Report of the Indian Hemp Drugs Commission, 1894-1895 - Volume II
Year: 1894
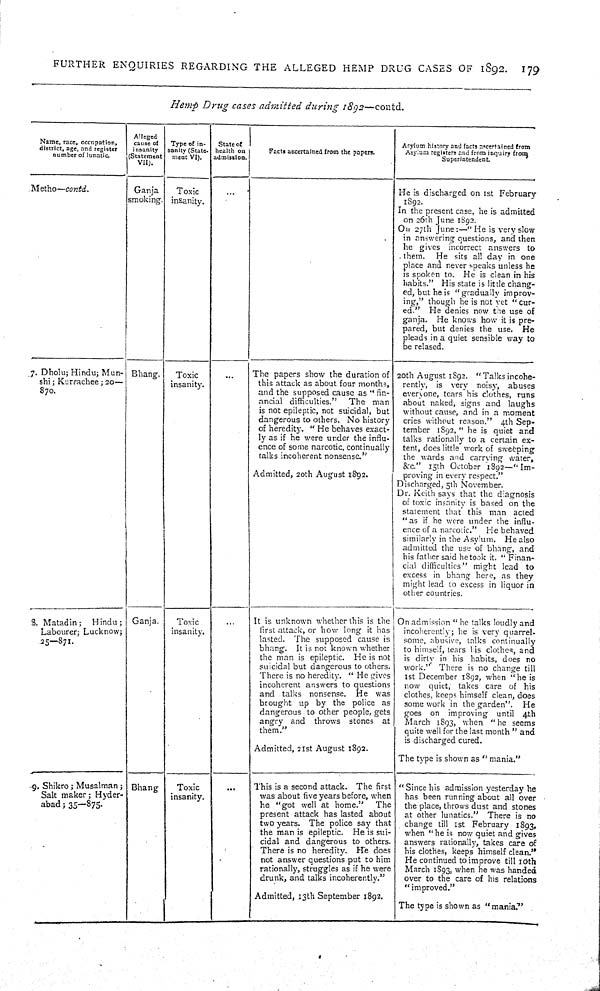
FURTHER ENQUIRIES REGARDING THE ALLEGED HEMP DRUG CASES OF 1892.
179
Hemp Drug cases admitted during 1892—contd.
Name, race, occupation,
district, age, and register
number of lunatic.
Alleged
cause of
insanity
(Statement
VII).
Type of in-
sanity (State,
meat VI).
State of
health on
admission.
Facts ascertained from the papers.
Asylum history and facts ascertained from
Asylum registers and from inquiry from.
Superintendent
Metho—contd.
Ganja
smoking.
Toxic
insanity.
He is discharged on 1st February
1892.
In the present case, he is admitted
on 26th June 1892.
On 27th June:—"He is very slow
in answering questions, and then
he gives incorrect answers to
them.
He sits all day in one
place and never speaks unless he
is spoken to. He is clean in his
habits." His state is little chang-
ed, but he is "gradually improv-
ing," though he is not yet "cur-
ed." He denies now the use of
ganja. He knows how it is pre-
pared, but denies the use. He
pleads in a quiet sensible way to
be relased.
7. Dholu; Hindu; Mun-
shi; Kurrachee; 20—
870.
Bhang.
Toxic
insanity.
The papers show the duration of
this attack as about four months,
and the supposed cause as "fin-
ancial difficulties."
The man
is not epileptic, not suicidal, but
dangerous to others. No history
of heredity. "He behaves exact-
ly as if he were under the influ-
ence of some narcotic, continually
talks incoherent nonsense."
Admitted, 20th August 1892.
20th August 1892. "Talks incohe-
rently, is very noisy, abuses
everyone, tears his clothes, runs
about naked, signs and laughs
without cause, and in a moment
cries without reason." 4th Sep-
tember 1892, "he is quiet and
talks rationally to a certain ex-
tent, does little work of sweeping
the wards and carrying water,
&c." 15th October 1892—"Im-
proving in every respect."
Discharged, 5th November.
Dr. Keith says that the diagnosis
of toxic insanity is based on the
statement that this man acted
"as if he were under the influ-
ence of a narcotic." He behaved
similarly in the Asylum. He also
admitted the use of bhang, and
his father said he took it. "Finan-
cial difficulties" might lead to
excess in bhang here, as they
might lead to excess in liquor in
other countries.
3. Matadin;
Hindu;
Labourer; Lucknow;
25—871.
Ganja.
Toxic
insanity.
It is unknown whether this is the
first attack, or how long it has
lasted. The supposed cause is
bhang. It is not known whether
the man is epileptic. He is not
suicidal but dangerous to others.
There is no heredity. "He gives
incoherent answers to questions
and talks nonsense. He was
brought up by the police as
dangerous to other people, gets
angry and throws stones at
them."
Admitted, 21st August 1892.
On admission "he talks loudly and
incoherently; he is very quarrel-
some, abusive, talks continually
to himself, tears his clothes, and
is dirty in his habits, does no
work." There is no change till
1st December 1892, when "he is
now quiet, takes care of his
clothes, keeps himself clean, does
some work in the garden".
He
goes on improving until 4th
March 1893, when "he seems
quite well for the last month" and
is discharged cured.
The type is shown as "mania."
9. Shikro; Musalman;
Salt maker; Hyder-
abad; 35—875.
Bhang
Toxic
insanity.
This is a second attack. The first
was about five years before, when
he "got well at home."
The
present attack has lasted about
two years. The police say that
the man is epileptic. He is sui-
cidal and dangerous to others.
There is no heredity. He does
not answer questions put to him
rationally, struggles as if he were
drunk, and talks incoherently."
Admitted, 13th September 1892.
"Since his admission yesterday he
has been running about all over
the place, throws dust and stones
at other lunatics." There is no
change till 1st February 1893,
when "he is now quiet and gives
answers rationally, takes care of
his clothes, keeps himself clean."
He continued to improve till 10th
March 1893, when he was handed
over to the care of his relations
"improved."
The type is shown as "mania."